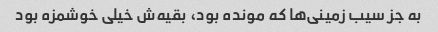
به جز سیب زمینی‌ها که مونده بود، بقیه‌ش خیلی خوشمزه بود